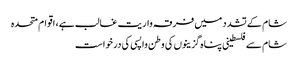
شام کے تشدد میں فرقہ واریت غالب ہے، اقوام متحدہ
شام سےفلسطینی پناہ گزینوں کی وطن واپسی کی درخواست